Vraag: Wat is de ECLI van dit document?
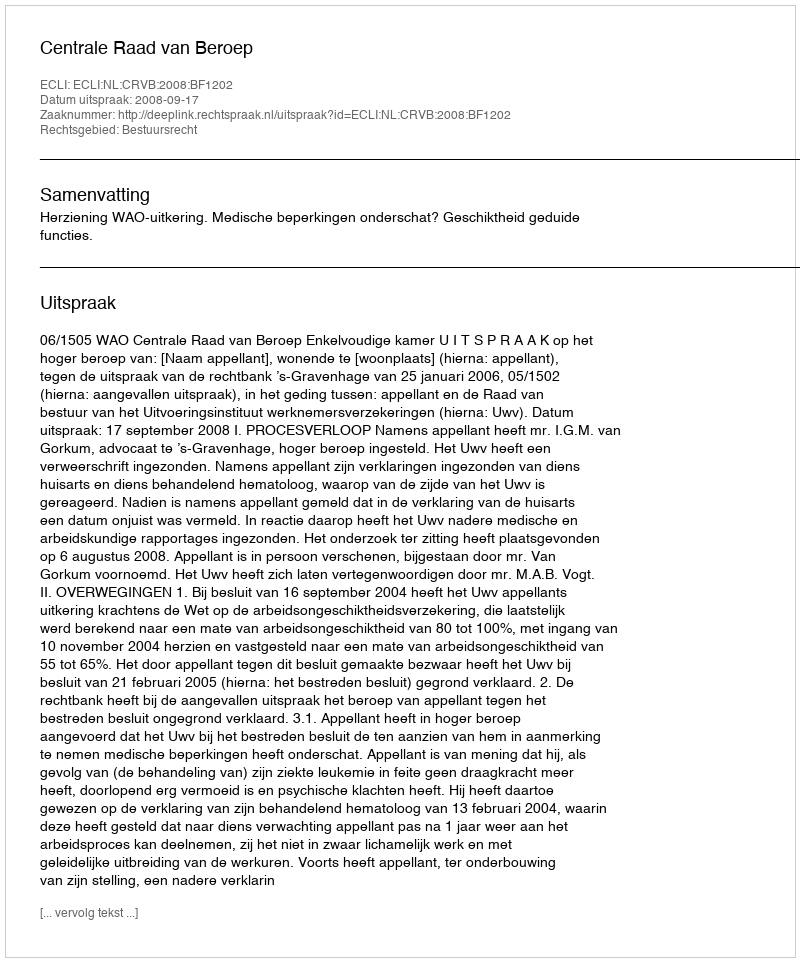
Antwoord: ECLI:NL:CRVB:2008:BF1202